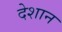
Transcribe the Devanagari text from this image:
देशान